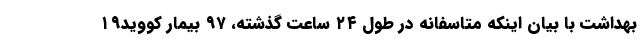
بهداشت با بیان اینکه متاسفانه در طول ۲۴ ساعت گذشته، ۹۷ بیمار کووید۱۹